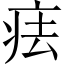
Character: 㾀